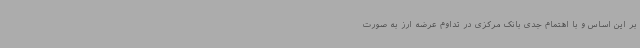
بر این اساس و با اهتمام جدی بانک مرکزی در تداوم عرضه ارز به صورت